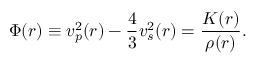
\Phi ( r ) \equiv v _ { p } ^ { 2 } ( r ) - { \frac { 4 } { 3 } } v _ { s } ^ { 2 } ( r ) = { \frac { K ( r ) } { \rho ( r ) } } .